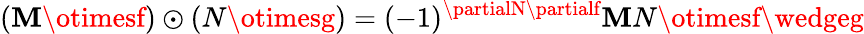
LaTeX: (\mathbf{M}\otimesf)\odot(N\otimesg)=(-1)^{\partialN\partialf}\mathbf{M}N\otimesf\wedgeg